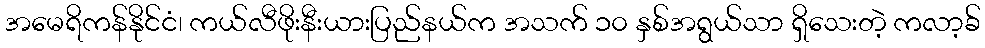
အမေရိကန်နိုင်ငံ၊ ကယ်လီဖိုးနီးယားပြည်နယ်က အသက် ၁၀ နှစ်အရွယ်သာ ရှိသေးတဲ့ ကလာ့ခ်